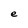
Character: e